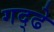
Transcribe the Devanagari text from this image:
गद्ढे